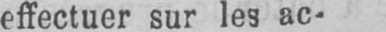
effectuer sur les ac-